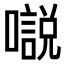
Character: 𡁾